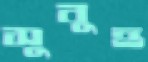
সুবুহ